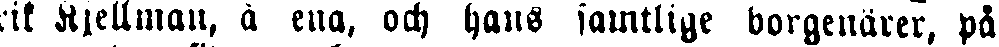
rik Kjellman, å ena, och hans samtlige borgenärer, på